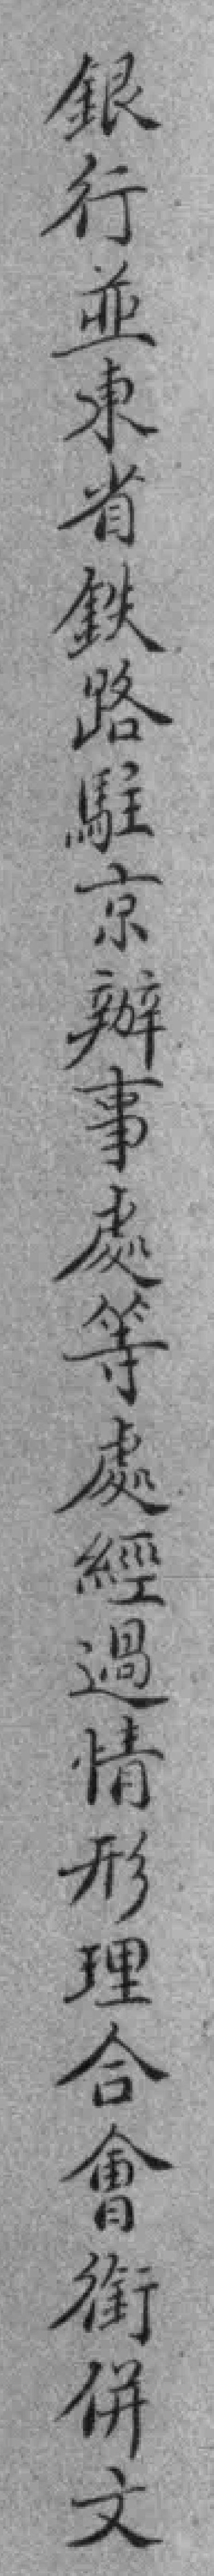
銀行並東省鉄路駐京辦事處等處經過情形理合會銜併文